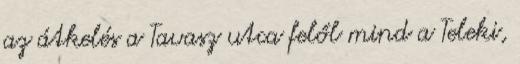
az átkelés a Tavasz utca felől mind a Teleki,